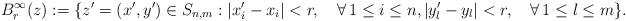
LaTeX: \begin{align*}B^{\infty}_r(z) := \{z'=(x',y')\in S_{n,m}:|x'_i-x_i|<r, \quad\forall\, 1\leq i\leq n,|y'_l-y_l|<r,\quad\forall\,1\leq l\leq m\}.\end{align*}